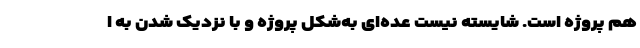
هم پروژه است. شایسته نیست عده‌ای به‌شکل پروژه و با نزدیک شدن به ا